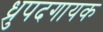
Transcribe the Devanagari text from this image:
ध्रुपदगायक